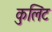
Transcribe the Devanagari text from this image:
कुलिंट